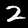
Label: 2